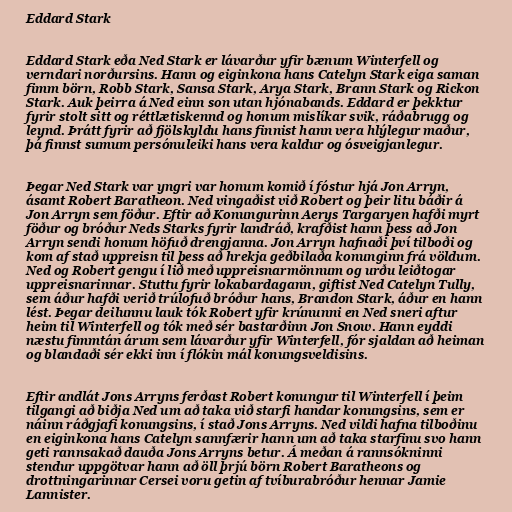
Eddard Stark

Eddard Stark eða Ned Stark er lávarður yfir bænum Winterfell og
verndari norðursins. Hann og eiginkona hans Catelyn Stark eiga saman
fimm börn, Robb Stark, Sansa Stark, Arya Stark, Brann Stark og Rickon
Stark. Auk þeirra á Ned einn son utan hjónabands. Eddard er þekktur
fyrir stolt sitt og réttlætiskennd og honum mislíkar svik, ráðabrugg og
leynd. Þrátt fyrir að fjölskyldu hans finnist hann vera hlýlegur maður,
þá finnst sumum persónuleiki hans vera kaldur og ósveigjanlegur.

Þegar Ned Stark var yngri var honum komið í fóstur hjá Jon Arryn,
ásamt Robert Baratheon. Ned vingaðist við Robert og þeir litu báðir á
Jon Arryn sem föður. Eftir að Konungurinn Aerys Targaryen hafði myrt
föður og bróður Neds Starks fyrir landráð, krafðist hann þess að Jon
Arryn sendi honum höfuð drengjanna. Jon Arryn hafnaði því tilboði og
kom af stað uppreisn til þess að hrekja geðbilaða konunginn frá völdum.
Ned og Robert gengu í lið með uppreisnarmönnum og urðu leiðtogar
uppreisnarinnar. Stuttu fyrir lokabardagann, giftist Ned Catelyn Tully,
sem áður hafði verið trúlofuð bróður hans, Brandon Stark, áður en hann
lést. Þegar deilunnu lauk tók Robert yfir krúnunni en Ned sneri aftur
heim til Winterfell og tók með sér bastarðinn Jon Snow. Hann eyddi
næstu fimmtán árum sem lávarður yfir Winterfell, fór sjaldan að heiman
og blandaði sér ekki inn í flókin mál konungsveldisins.

Eftir andlát Jons Arryns ferðast Robert konungur til Winterfell í þeim
tilgangi að biðja Ned um að taka við starfi handar konungsins, sem er
náinn ráðgjafi konungsins, í stað Jons Arryns. Ned vildi hafna tilboðinu
en eiginkona hans Catelyn sannfærir hann um að taka starfinu svo hann
geti rannsakað dauða Jons Arryns betur. Á meðan á rannsókninni
stendur uppgötvar hann að öll þrjú börn Robert Baratheons og
drottningarinnar Cersei voru getin af tvíburabróður hennar Jamie
Lannister.